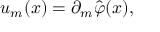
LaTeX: u _ { m } ( x ) = \partial _ { m } \hat { \varphi } ( x ) ,